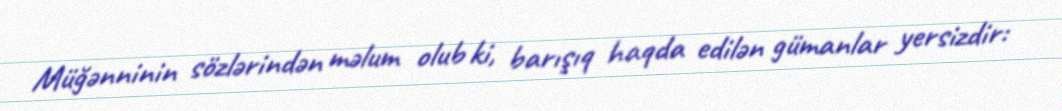
Müğənninin sözlərindən məlum olub ki, barışıq haqda edilən gümanlar yersizdir: